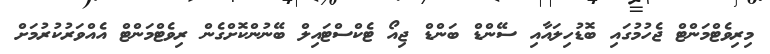
މިރިވެޓްމަންޓް ޖެހުމުގައި ބޮޑުހިލައާއި ސޭންޑް ބަންޑް ޖިއޯ ޓެކްސްޓައިލް ބޭނުންކޮށްގެން ރިވެޓްމަންޓް އެއްވަރުކުރުމަށް